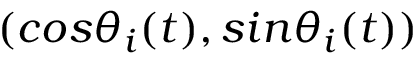
( c o s \theta _ { i } ( t ) , s i n \theta _ { i } ( t ) )